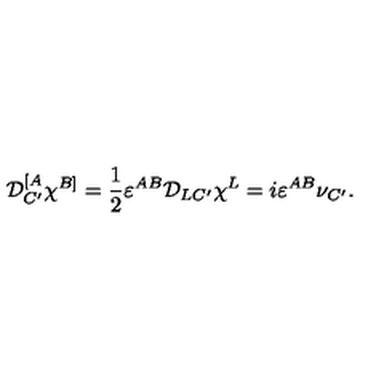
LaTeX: { \cal D } _ { C ^ { \prime } } ^ { [ A } \chi ^ { B ] } = \frac { 1 } { 2 } \varepsilon ^ { A B } { \cal D } _ { L C ^ { \prime } } \chi ^ { L } = i \varepsilon ^ { A B } \nu _ { C ^ { \prime } } .